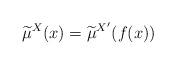
LaTeX: \begin{align*}{\widetilde{\mu}^X(x)}={\widetilde{\mu}^{X'}(f(x))}\end{align*}